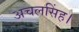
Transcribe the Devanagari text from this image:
अचलसिंह।